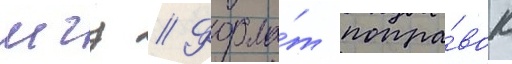
мгц // Форма́т попра́вок